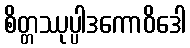
စိတ္တဿုပ္ပါဒကောဝိဒေါ